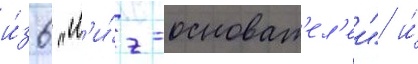
и́з 6 "л'и́г-основат'ел'еи" и́